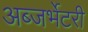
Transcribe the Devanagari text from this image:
अब्जर्भेटरी